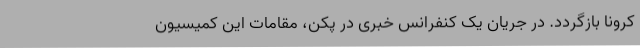
کرونا بازگردد. در جریان یک کنفرانس خبری در پکن، مقامات این کمیسیون